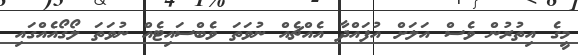
މީގެ އިތުރުން ވެސް އަލަށް އުފައްދާ އެއްޗެއް ނުވަތަ ވެބްސައިޓެއް ނުވަތަ ލޯގޯއެއްގައި